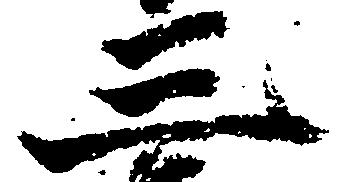
三